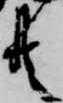
共